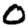
Digit: 0